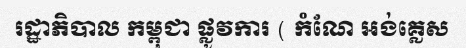
រដ្ឋាភិបាល កម្ពុជា ផ្លូវការ ( កំណែ អង់គ្លេស